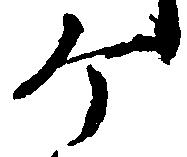
ヶ